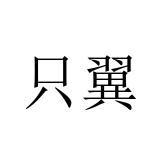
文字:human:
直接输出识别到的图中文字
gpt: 只翼